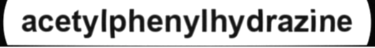
acetylphenylhydrazine